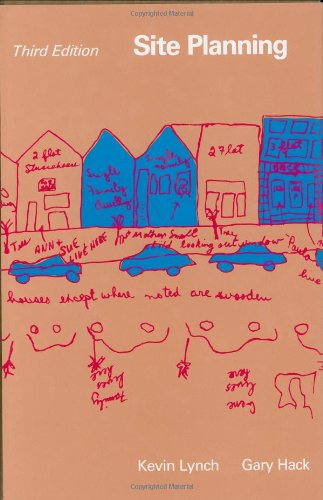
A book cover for Site Planning, Third Edition; Kevin Lynch; Arts & Photography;